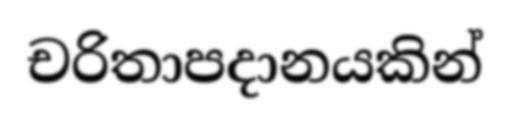
චරිතාපදානයකින්